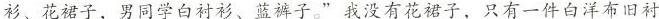
衫、花裙子，男同学白衬衫、蓝裤子。”我没有花裙子，只有一件白洋布旧衬